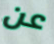
عن